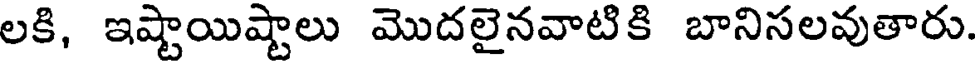
లకి, ఇష్టాయిష్టాలు మొదలైనవాటికి బానిసలవుతారు.